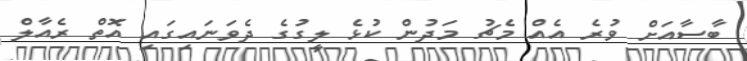
ބާސާއަށް ވުރެ އެއް މެޗު މަދުން ކުޅެ ލީގުގެ ދެވަނައިގައި އޮތް ރެއާލް